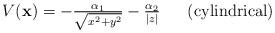
LaTeX: \begin{align*}\begin{array}{c}V({\bf x}) = - {\alpha_1 \over \sqrt {x^2 + y^2}} - {\alpha_2 \over |z|}$ \space \space \space \space (cylindrical) $\end{array}\end{align*}